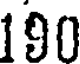
190